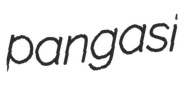
pangasi